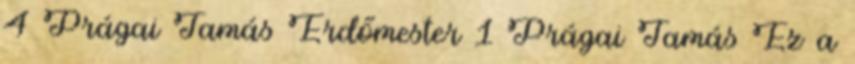
4 Prágai Tamás Erdőmester 1 Prágai Tamás Ez a